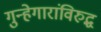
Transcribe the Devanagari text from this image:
गुन्हेगारांविरुद्ध